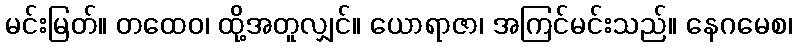
မင်းမြတ်။ တထေဝ၊ ထို့အတူလျှင်။ ယောရာဇာ၊ အကြင်မင်းသည်။ နေဂမေစ၊